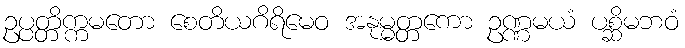
ဥပ္ပတ္တိက္ကမတော စေတိယဂိရိမေဝ အနုမ္မတ္တကော ဥဏ္ဏမယံ ပစ္ဆိမဘဝံ